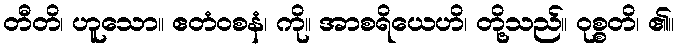
တီတိ၊ ဟူသော။ ဧတံဝစနံ၊ ကို။ အာစရိယေဟိ၊ တို့သည်။ ဝုစ္စတိ၊ ၏။